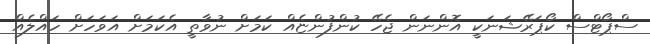
ސްޕޯޓްސް ކޯޕަރޭޝަނަކީ އޮންނަން ޖެހޭ ކުންފުންޏެއް ކަމަށް ނުވާތީ އެކަމަށް އަވަހަށް ހައްލެއް